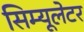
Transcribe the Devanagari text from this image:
सिम्यूलेटर